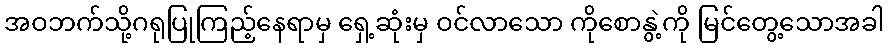
အဝဘက်သို့ဂရုပြုကြည့်နေရာမှ ရှေ့ဆုံးမှ ဝင်လာသော ကိုစောနွဲ့ကို မြင်တွေ့သောအခါ